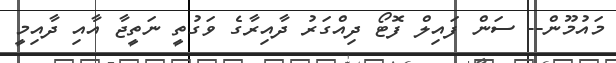
މައުމޫން-- ސަން ފައިލް ފޮޓޯ ދިއްގަރު ދާއިރާގެ ވަގުތީ ނަތީޖާ އާއި ދާއިމީ